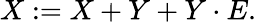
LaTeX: X:=X+Y+Y\cdot E.